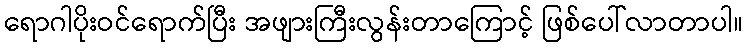
ရောဂါပိုးဝင်ရောက်ပြီး အဖျားကြီးလွန်းတာကြောင့် ဖြစ်ပေါ်လာတာပါ။